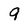
Character: 9